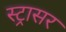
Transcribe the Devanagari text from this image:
स्ट्रासर